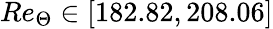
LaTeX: Re_{\Theta}\in\left[182.82,208.06\right]